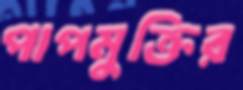
পাপমুক্তির